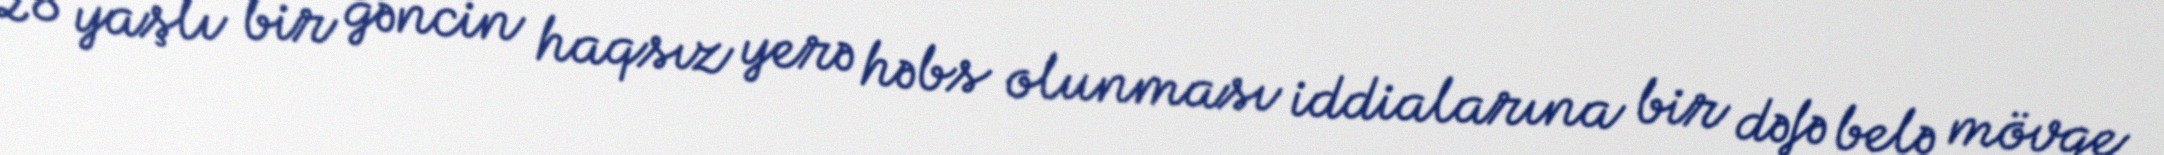
28 yaşlı bir gəncin haqsız yerə həbs olunması iddialarına bir dəfə belə mövqe